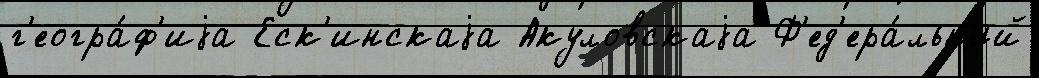
г'еогра́ф'иjа Еск'инскаjа Акуловскаjа Ф'ед'ера́льный